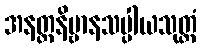
အနတ္တနိဗ္ဗာနသပ္ပါယသုတ္တံ